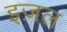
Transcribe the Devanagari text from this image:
इज़ल